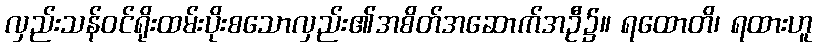
လှည်းသန်ဝင်ရိုးထမ်းပိုးစသောလှည်း၏အစိတ်အဆောက်အဦ၌။ ရထောတိ၊ ရထားဟူ